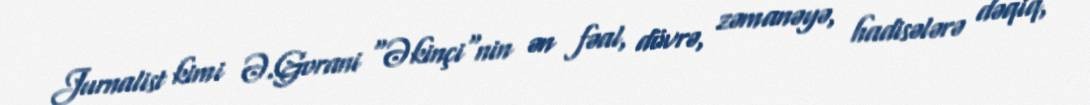
Jurnalist kimi Ə.Gorani "Əkinçi"nin ən fəal, dövrə, zəmanəyə, hadisələrə dəqiq,